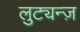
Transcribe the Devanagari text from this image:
लुट्यन्ज़